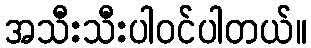
အသီးသီးပါ၀င်ပါတယ်။